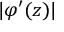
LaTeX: | \varphi ^ { \prime } ( z ) |